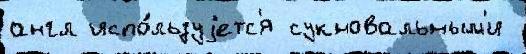
англ испо́льзуjетс'я сукновальным'и